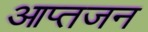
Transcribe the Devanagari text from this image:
आप्तजन